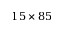
1 5 \times 8 5